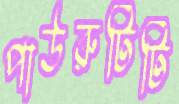
পাউরুটিটি